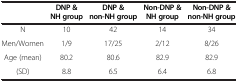
<table><thead><tr><td><b> </b></td><td><b>DNP &amp; NH group</b></td><td><b>DNP &amp; non-NH group</b></td><td><b>Non-DNP &amp; NH group</b></td><td><b>Non-DNP &amp; non-NH group</b></td></tr></thead><tbody><tr><td>N</td><td>10</td><td>42</td><td>14</td><td>34</td></tr><tr><td>Men/Women</td><td>1/9</td><td>17/25</td><td>2/12</td><td>8/26</td></tr><tr><td>Age (mean)</td><td>80.2</td><td>80.6</td><td>82.9</td><td>82.9</td></tr><tr><td>(SD)</td><td>8.8</td><td>6.5</td><td>6.4</td><td>6.8</td></tr></tbody></table>